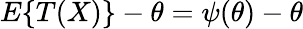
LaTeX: E\{ T(X)\} -\theta=\psi(\theta)-\theta